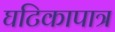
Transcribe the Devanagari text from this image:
घटिकापात्र